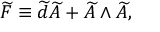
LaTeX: \widetilde { F } \equiv \widetilde { d } \widetilde { A } + \widetilde { A } \wedge \widetilde { A } ,